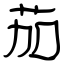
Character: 茄